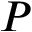
P